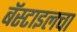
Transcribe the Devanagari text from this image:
बॅस्टाइलचा